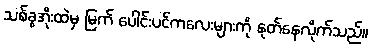
သစ်ခွအိုးထဲမှ မြက် ပေါင်းပင်ကလေးများကို နုတ်နေလိုက်သည်။